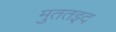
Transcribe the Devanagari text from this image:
मुततइद